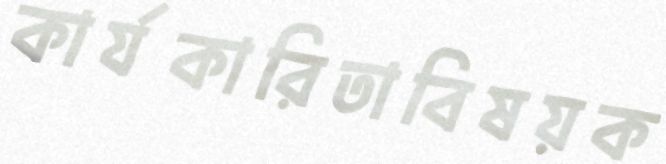
কার্যকারিতাবিষয়ক